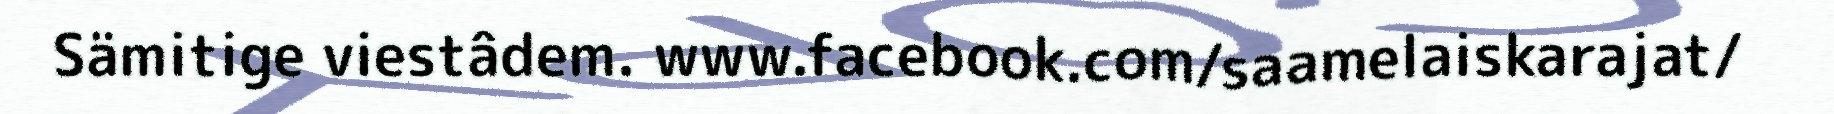
Sämitige viestâdem. www.facebook.com/saamelaiskarajat/